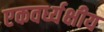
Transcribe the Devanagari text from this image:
एकवर्ध्यक्षीय